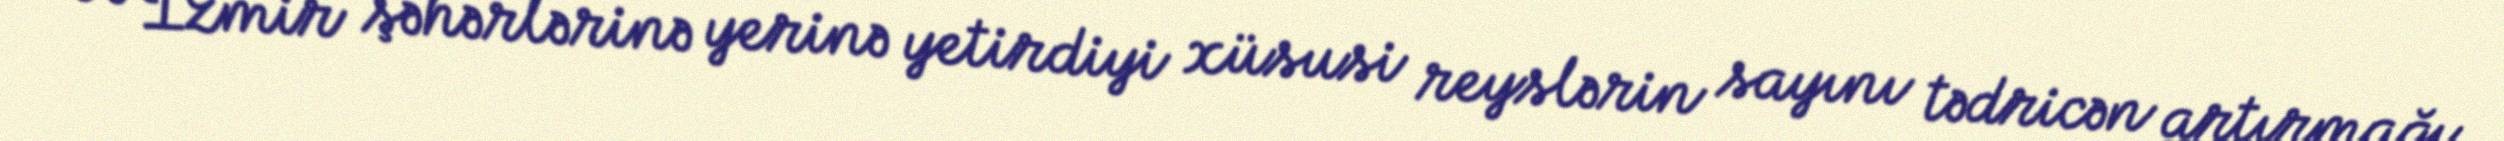
və İzmir şəhərlərinə yerinə yetirdiyi xüsusi reyslərin sayını tədricən artırmağı